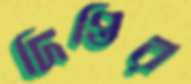
দিপ্তির